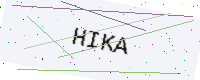
Text: HIKA